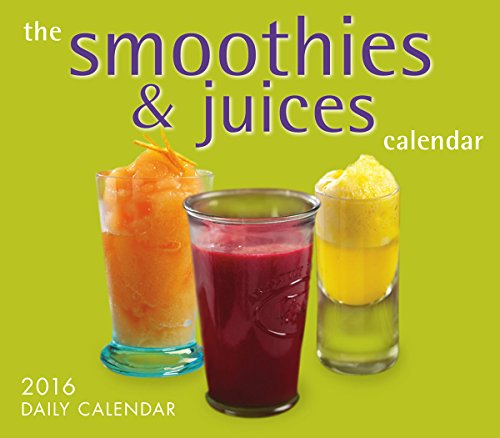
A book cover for Smoothies & Juices Calendar 2016 Boxed/Daily Calendar; Quintet Publishing; Calendars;